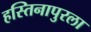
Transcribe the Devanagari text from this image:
हस्तिनापुरला